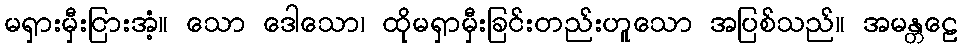
မရှားမှီးငြားအံ့။ သော ဒေါသော၊ ထိုမရှာမှီးခြင်းတည်းဟူသော အပြစ်သည်။ အမန္တဠေ